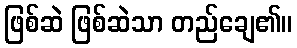
ဖြစ်ဆဲ ဖြစ်ဆဲသာ တည်ချေ၏။